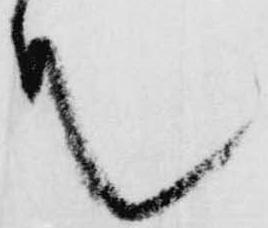
殿